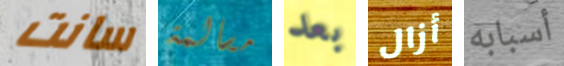
سانت مسالمة بعد أزال أسبابه